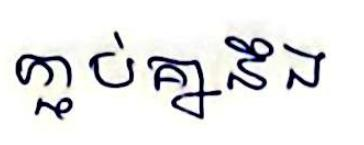
ភ្ជាប់គ្នានឹង